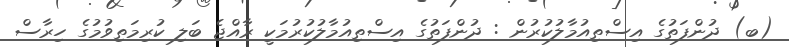
(ބ) ދުންފަތުގެ އިސްތިއުމާލުކުރުން : ދުންފަތުގެ އިސްތިއުމާލުކުރުމަކީ ރާއްޖެ ބަލި ކުރިމަތިވުމުގެ ހިރާސް